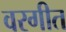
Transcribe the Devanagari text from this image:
वरगीत